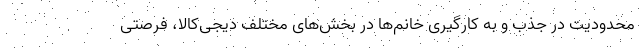
محدودیت در جذب و به کارگیری خانم‌ها در بخش‌های مختلف دیجی‌کالا، فرصتی